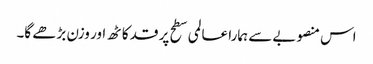
اس منصوبے سے ہمارا عالمی سطح پر قد کاٹھ اور وزن بڑھے گا۔